Indian journal of veterinary science and animal husbandry - Volume 11,
Year: 1941
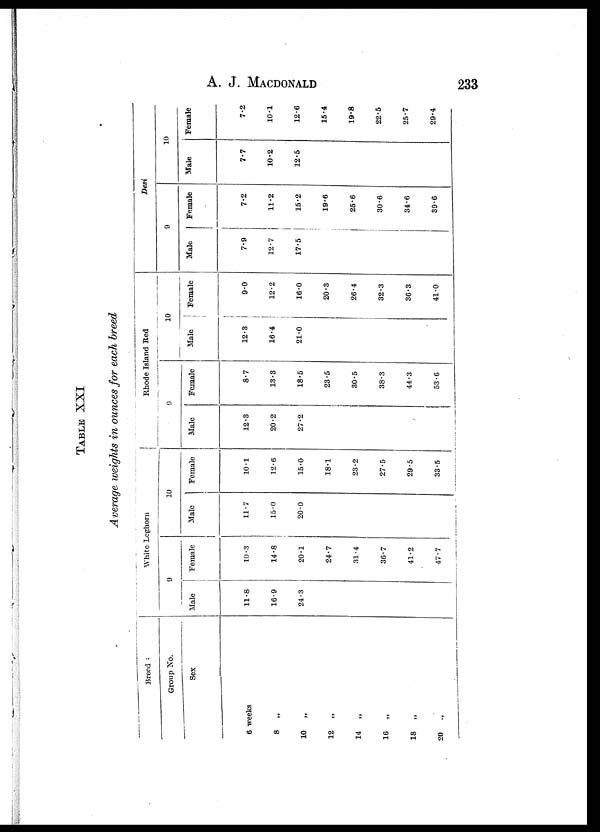
A. J.
MACDONALD
233
TABLE XXI
Average weights in ounces for each breed
Breed
Group No.
Sex
6 weeks
8
„
10
„
12
„
14
„
16
„
18
„
20
„
White Leghorn
9
Male
11.8
16.9
24.3
Female
10.3
14.8
20.1
24.7
31.4
36.7
41.2
47.7
10
Male
11.7
15.0
20.0
Female
10.1
12.6
15.0
18.1
23.2
27.5
29.5
33.5
Rhode Island Red
9
Male
12.3
20.2
27.2
Female
8.7
13.3
18.5
23.5
30.5
38.3
44.3
53.6
10
Male
12.3
16.4
21.0
Female
9.0
12.2
16.0
20.3
26.4
32.3
36.3
41.0
Desi
9
Male
7.9
12.7
17.5
Female
7.2
11.2
15.2
19.6
25.6
30.6
34.6
39.6
10
Male
7.7
10.2
12.5
Female
7.2
10.1
12.6
15.4
19.8
22.5
25.7
29.4